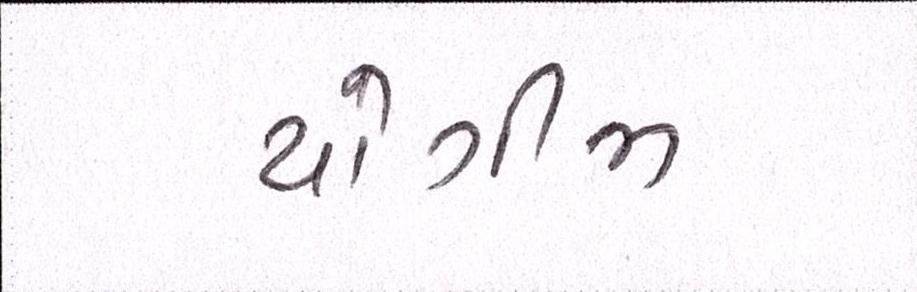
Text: યોગીજી